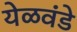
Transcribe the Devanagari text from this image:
येळवंडे